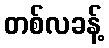
တစ်လခန့်